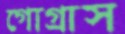
গোগ্রাস